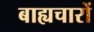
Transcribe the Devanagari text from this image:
बाह्यचारों